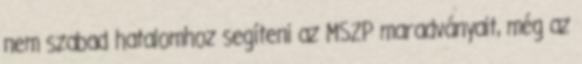
nem szabad hatalomhoz segíteni az MSZP maradványait, még az